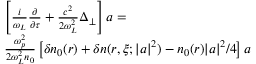
\begin{array} { r l } & { \left[ \frac { i } { \omega _ { L } } \frac { \partial } { \partial \tau } + \frac { c ^ { 2 } } { 2 \omega _ { L } ^ { 2 } } \Delta _ { \perp } \right] a = } \\ & { \frac { \omega _ { p } ^ { 2 } } { 2 \omega _ { L } ^ { 2 } n _ { 0 } } \left[ \delta n _ { 0 } ( r ) + \delta n ( r , \xi ; | a | ^ { 2 } ) - n _ { 0 } ( r ) | a | ^ { 2 } / 4 \right] a } \end{array}